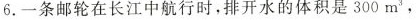
6.一条邮轮在长江中航行时，排开水的体积是300m^{3}，